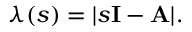
\lambda ( s ) = | s \mathbf { I } - \mathbf { A } | .